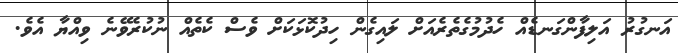
އަނގުރު އަލިފާންގަނޑެއް ހެދުމުގެތެރެއަށް ލައިގެން ހިދުކޮޅަކަށް ވެސް ކެތެއް ނުކުރެވޭނެ ވިއްޔާ އެވެ.